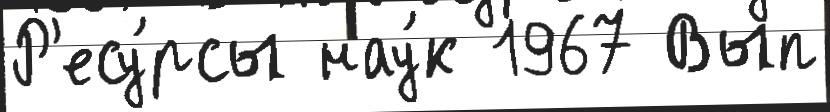
Р'есу́рсы нау́к 1967 Вып